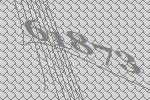
61873